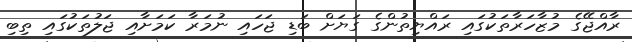
ރާއްޖޭގެ މުޒާހަރާތަކުގައި ރައްޔިތުންގެ ގަަޔަށް ބަޑި ޖަހައި ނުމަރާ ކަމަށާއި ޖަލުތަކުގައި ތިބި